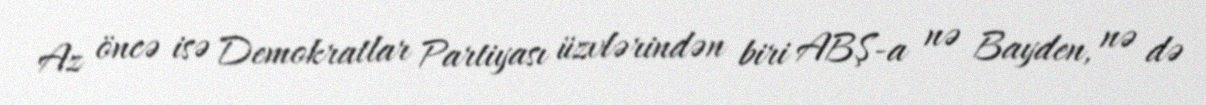
Az öncə isə Demokratlar Partiyası üzvlərindən biri ABŞ-a nə Bayden, nə də